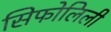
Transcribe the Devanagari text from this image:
सिफोलिली